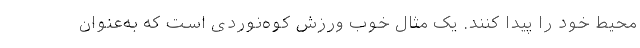
محیط خود را پیدا کنند. یک مثال خوب ورزش کوه‌نوردی است که به‌عنوان